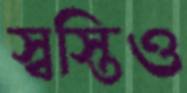
স্বস্তিও